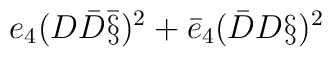
e_4(D \bar{D} \bar{\S})^2 + \bar{e}_4 (\bar{D} D \S)^2